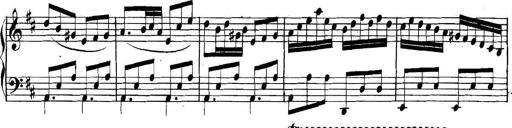
Title: Collected Piano Sonatas
Composer: Muzio Clementi